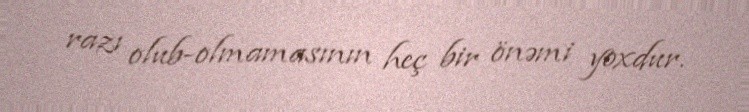
razı olub-olmamasının heç bir önəmi yoxdur.